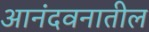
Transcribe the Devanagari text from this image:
आनंदवनातील